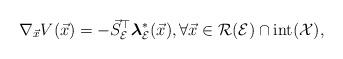
LaTeX: \begin{align*}\nabla_{\vec{x}}V(\vec{x})=-\vec{S}_{\mathcal{E}}^{\top}\boldsymbol{\lambda}_{\mathcal{E}}^{*} (\vec{x}),\forall \vec{x} \in \mathcal{R}(\mathcal{E}) \cap \mathrm{int}(\mathcal{X}),\end{align*}